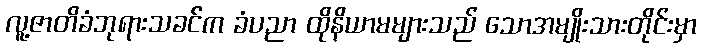
လူ့ဇာတိခံဘုရားသခင်က ခံပညာ ထိုနိယာမများသည် သောအမျိုးသားတိုင်းမှာ